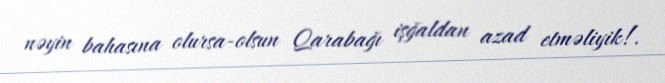
nəyin bahasına olursa-olsun Qarabağı işğaldan azad etməliyik!.